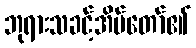
ဘုရားသခင့်အိမ်တော်၏